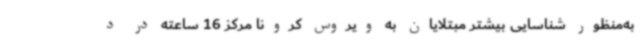
به‌منظور شناسایی بیشتر مبتلایان به ویروس کرونا مرکز 16 ساعته در د